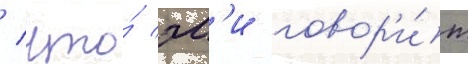
/ что́ эм'и говор'и́т